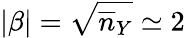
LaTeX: |\beta|=\sqrt{\overline{{n}}_{Y}}\simeq 2